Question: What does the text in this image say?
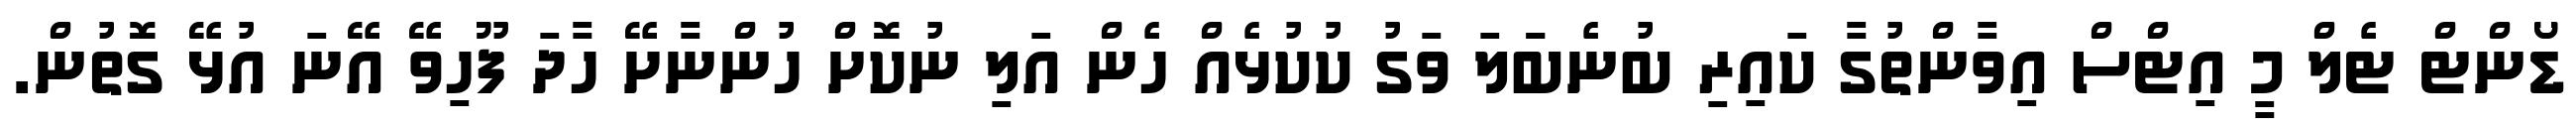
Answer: ޑޯންޓް ޓެލް މީ އިޓްސް އިވާންތުގާ ކައިރި ބުނެބަަލަ ވަގު ކުކުޅެއް ހެން އަލި ނުކޮށް ހުންނާށޭ ހާދަ ފޫހިވޭ އޭނަ އުޅޭ ގޮތުން.